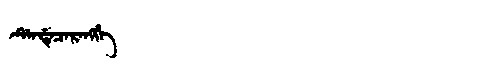
Manchu: ᡩᡝᠨᡩᡝᠴᡝᡵᡝᠩᡤᡝ
Romanization: DENDECERENGGE